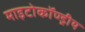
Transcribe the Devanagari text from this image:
माइटोकॉण्ड्रीय